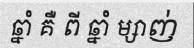
ឆ្នាំ គឺ ពី ឆ្នាំ ម្សាញ់